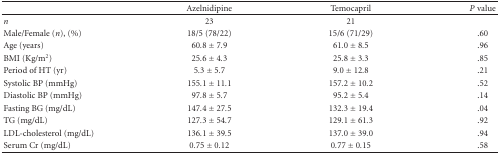
<table><thead><tr><td></td><td><b>Azelnidipine</b></td><td><b>Temocapril</b></td><td><b><i>P</i> value</b></td></tr></thead><tbody><tr><td><i>n</i></td><td>23</td><td>21</td><td></td></tr><tr><td>Male/Female (<i>n</i>), (%)</td><td>18/5 (78/22)</td><td>15/6 (71/29)</td><td>.60</td></tr><tr><td>Age (years)</td><td>60.8 ± 7.9</td><td>61.0 ± 8.5</td><td>.96</td></tr><tr><td>BMI (Kg/m<sup>2</sup>)</td><td>25.6 ± 4.3</td><td>25.8 ± 3.3</td><td>.85</td></tr><tr><td>Period of HT (yr)</td><td>5.3 ± 5.7</td><td>9.0 ± 12.8</td><td>.21</td></tr><tr><td>Systolic BP (mmHg)</td><td>155.1 ± 11.1</td><td>157.2 ± 10.2</td><td>.52</td></tr><tr><td>Diastolic BP (mmHg)</td><td>97.8 ± 5.7</td><td>95.2 ± 5.4</td><td>.14</td></tr><tr><td>Fasting BG (mg/dL)</td><td>147.4 ± 27.5</td><td>132.3 ± 19.4</td><td>.04</td></tr><tr><td>TG (mg/dL)</td><td>127.3 ± 54.7</td><td>129.1 ± 61.3</td><td>.92</td></tr><tr><td>LDL-cholesterol (mg/dL)</td><td>136.1 ± 39.5</td><td>137.0 ± 39.0</td><td>.94</td></tr><tr><td>Serum Cr (mg/dL)</td><td>0.75 ± 0.12</td><td>0.77 ± 0.15</td><td>.58</td></tr></tbody></table>